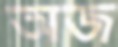
অজ